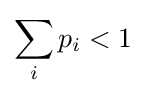
\sum _{i}{p_{i}}<1